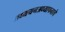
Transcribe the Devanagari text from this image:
अध्ययनअध्यापनाचे